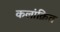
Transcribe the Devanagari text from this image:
कलांक्रित